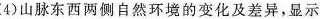
(4)山脉东西两侧自然环境的变化及差异，显示